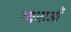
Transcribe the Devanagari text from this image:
रचनाऔं